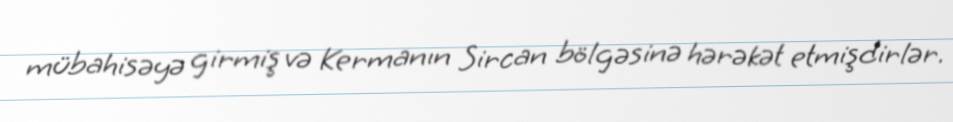
mübahisəyə girmiş və Kermanın Sircan bölgəsinə hərəkət etmişdirlər.